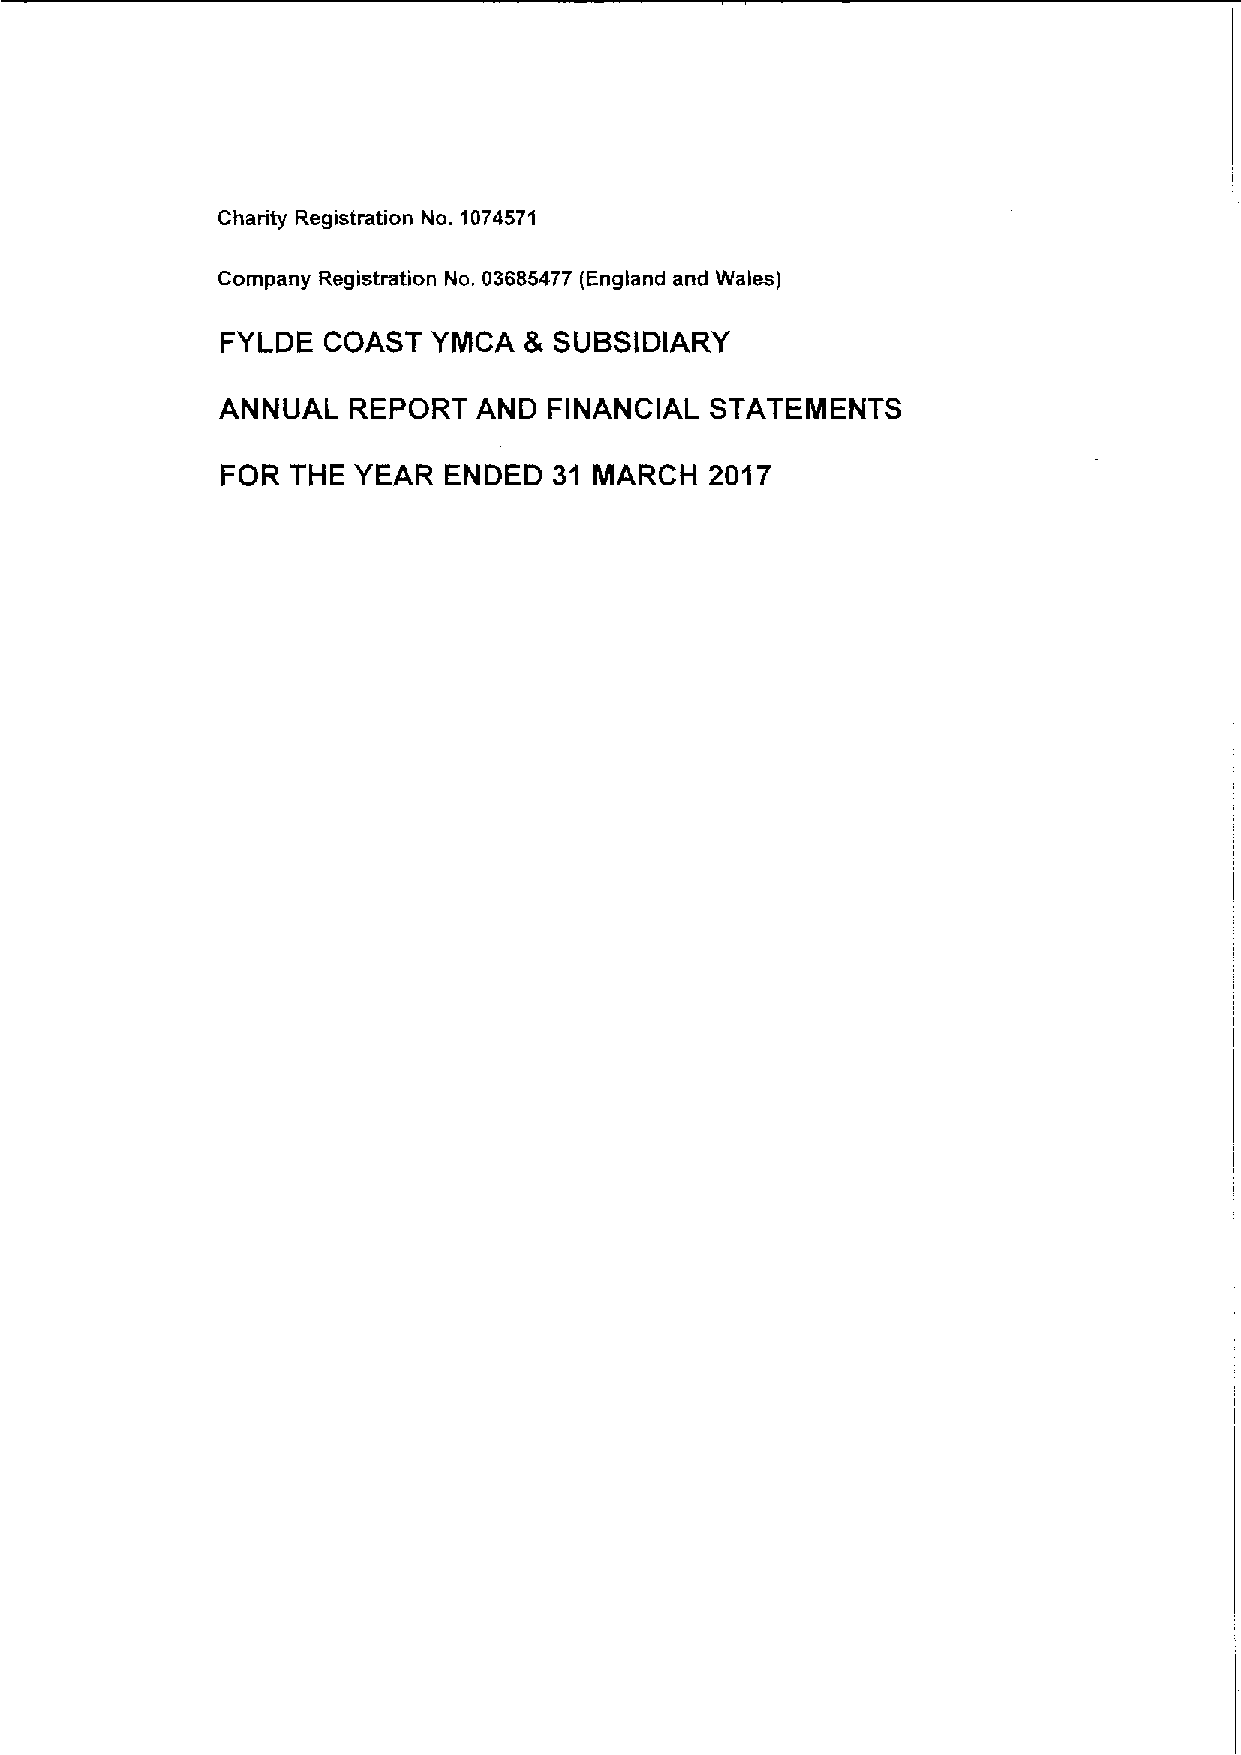
Charity Registration No. 1074571
 Company Registration No. 03685477 (England and Wales)
 FYLDE COAST   YMCA  8 SUBSIDIARY
 ANNUAL   REPORT   AND FINANCIAL  STATEMENTS
 FOR THE YEAR  ENDED   31 MARCH  2017